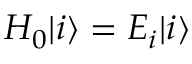
H _ { 0 } | i \rangle = E _ { i } | i \rangle